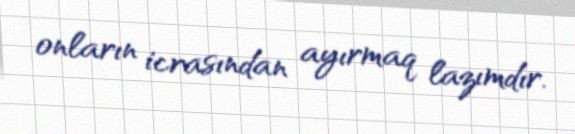
onların icrasından ayırmaq lazımdır.